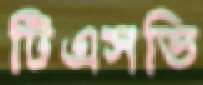
টিএসভি